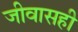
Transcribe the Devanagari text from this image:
जीवासही